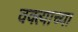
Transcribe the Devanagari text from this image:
वक्त्याच्या